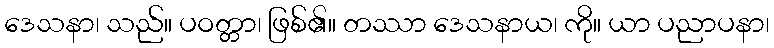
ဒေသနာ၊ သည်။ ပဝတ္တာ၊ ဖြစ်၏။ တဿာ ဒေသနာယ၊ ကို။ ယာ ပညာပနာ၊